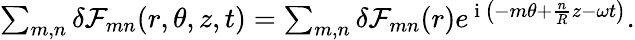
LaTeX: \begin{array}{r}{\sum_{m,n}\delta\mathcal{F}_{mn}(r,\theta,z,t)=\sum_{m,n}\delta\mathcal{F}_{mn}(r)e^{\mathrm{~i~}\left(-m\theta+\frac{n}{R}z-\omega t\right)}.}\end{array}